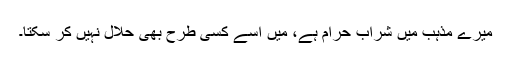
میرے مذہب میں شراب حرام ہے، میں اسے کسی طرح بھی حلال نہیں کر سکتا۔